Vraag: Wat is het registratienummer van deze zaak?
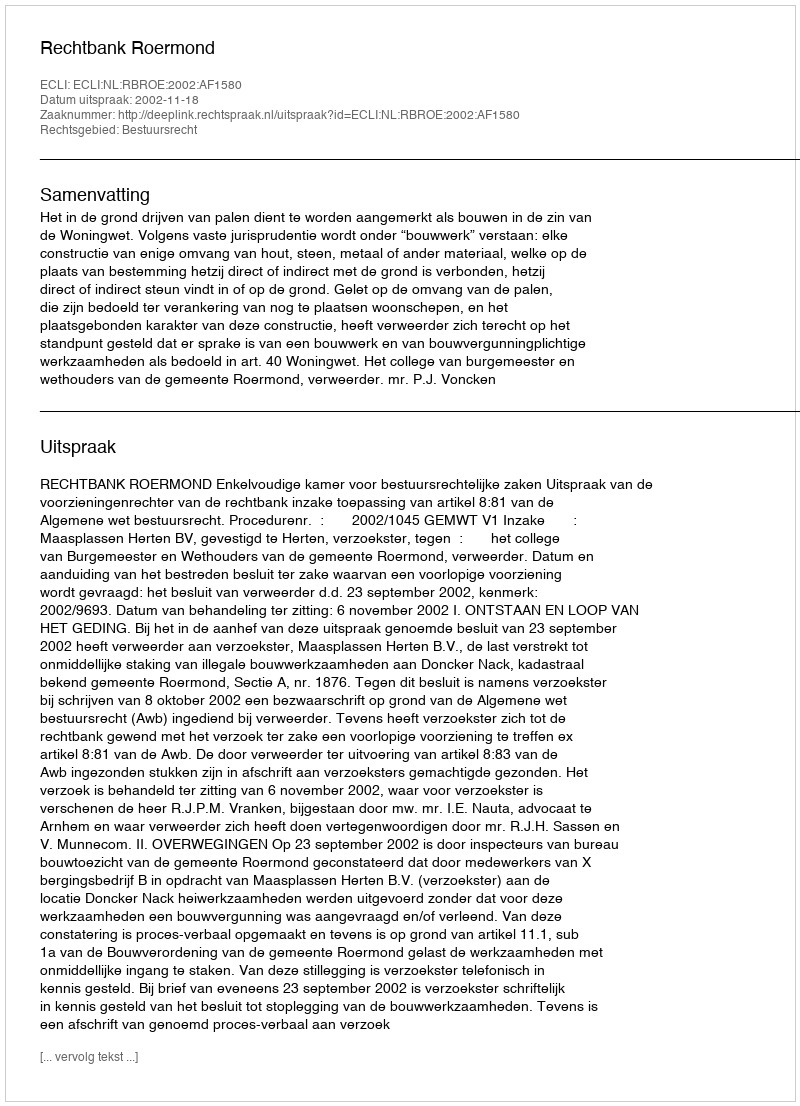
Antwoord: http://deeplink.rechtspraak.nl/uitspraak?id=ECLI:NL:RBROE:2002:AF1580